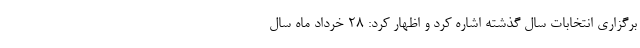
برگزاری انتخابات سال گذشته اشاره کرد و اظهار کرد: ۲۸ خرداد ماه سال